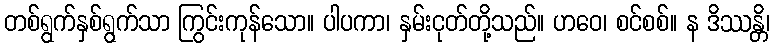
တစ်ရွက်နှစ်ရွက်သာ ကြွင်းကုန်သော။ ပါပကာ၊ နှမ်းငုတ်တို့သည်။ ဟဝေ၊ စင်စစ်။ န ဒိဿန္တိ၊